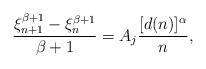
LaTeX: \begin{align*} \frac{\xi_{n+1}^{\beta+1}-\xi_n^{\beta+1}}{\beta+1} = A_j \frac{[d(n)]^\alpha}{n}, \end{align*}